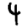
Digit: 4